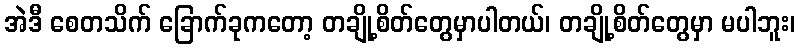
အဲဒီ စေတသိက် ခြောက်ခုကတော့ တချို့စိတ်တွေမှာပါတယ်၊ တချို့စိတ်တွေမှာ မပါဘူး၊